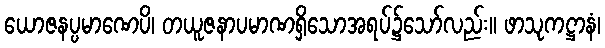
ယောဇနပ္ပမာဏေပိ၊ တယူဇနာပမာဏရှိသောအရပ်၌သော်လည်း။ ဖာသုကဋ္ဌာနံ၊